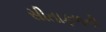
સીતાફળની